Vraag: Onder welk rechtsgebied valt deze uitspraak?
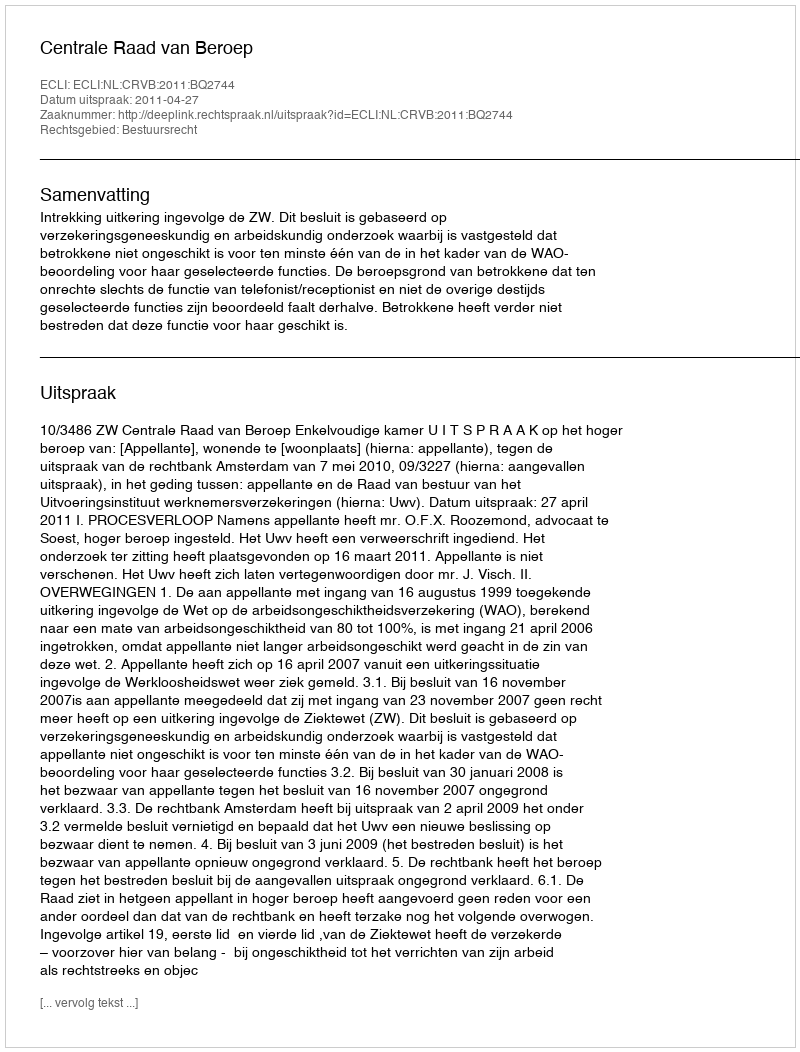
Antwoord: Bestuursrecht